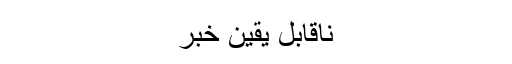
ناقابل یقین خبر